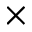
\times